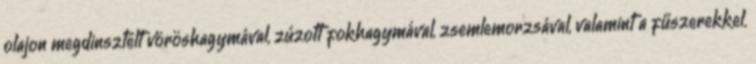
olajon megdinsztelt vöröshagymával, zúzott fokhagymával, zsemlemorzsával, valamint a fűszerekkel.